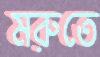
মরুতে